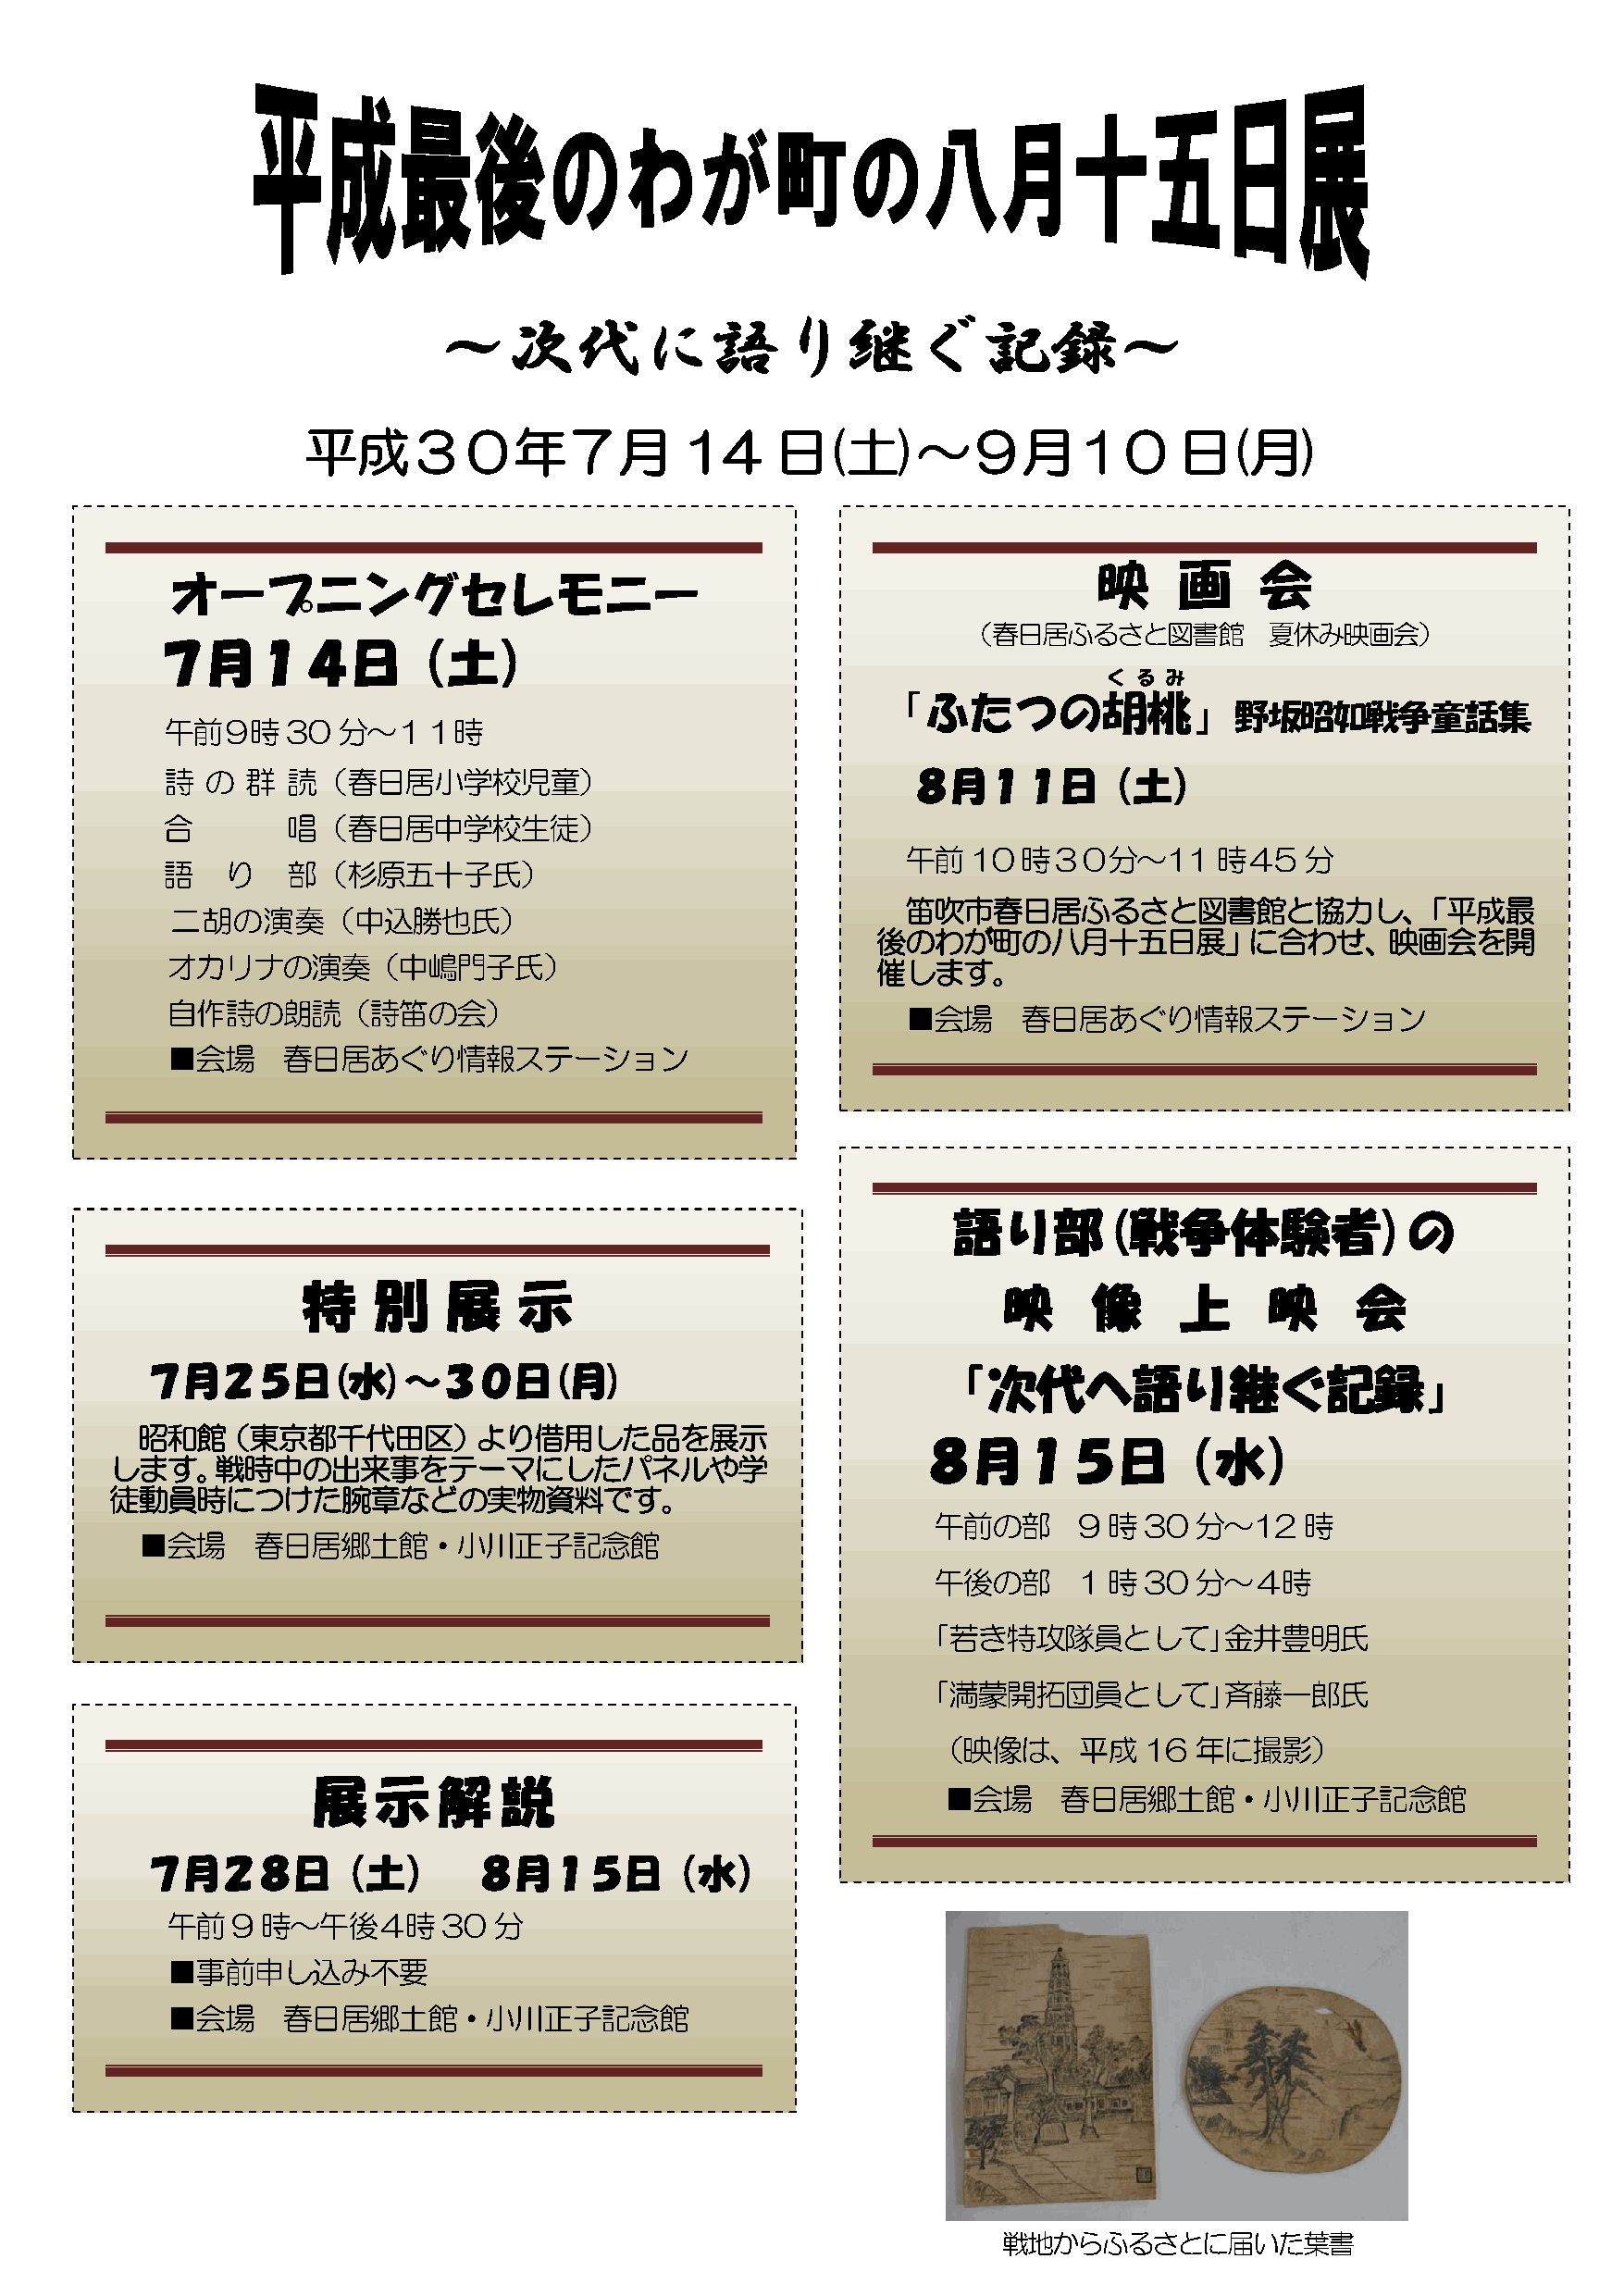
～次代に語り継ぐ記録～
 平成３０年７月                    14    日(土)～９月１0                    日(月)
 映     画     会
 オープニングセレモニー
 （春日居ふるさと図書館           夏休み映画会）
 ７月１４日（土）
 く る み
 「ふたつの胡桃」
 野坂昭如戦争童話集
 午前９時30      分～１１時
 詩  の  群  読（春日居小学校児童）                                 ８月１１日（土）
 合       唱（春日居中学校生徒）
 午前10    時３０分～11       時４5   分
 語   り    部（杉原五十子氏）
 笛吹市春日居ふるさと図書館と協力し、「平成最
 二胡の演奏（中込勝也氏）
 後のわが町の八月十五日展」に合わせ、映画会を開
 オカリナの演奏（中嶋門子氏）                                     催します。
 自作詩の朗読（詩笛の会）                                         ■会場     春日居あぐり情報ステーション
 ■会場     春日居あぐり情報ステーション
 語り部(戦争体験者)の
 特    別    展    示                                  映     像     上      映     会
 ７月２５日(水)～３０日(月)                                          「次代へ語り継ぐ記録」
 昭和館（東京都千代田区）より借用した品を展示
 ８月１５日（水）
 します。戦時中の出来事をテーマにしたパネルや学
 徒動員時につけた腕章などの実物資料です。
 午前の部      9 時30   分～12    時
 ■会場     春日居郷土館・小川正子記念館
 午後の部      1 時30   分～４時
 ｢若き特攻隊員として｣金井豊明氏
 ｢満蒙開拓団員として｣斉藤一郎氏
 （映像は、平成16         年に撮影）
 展    示   解    説
 ■会場     春日居郷土館・小川正子記念館
 ７月２８日（土）                ８月１５日（水）
 午前9    時～午後４時30        分
 ■事前申し込み不要
 ■会場     春日居郷土館・小川正子記念館
 戦地からふるさとに届いた葉書